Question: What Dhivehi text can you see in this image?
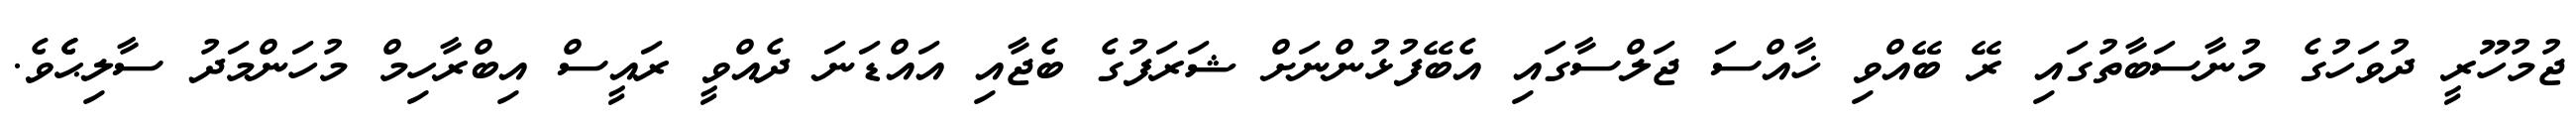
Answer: ޖުމުހޫރީ ދުވަހުގެ މުނާސަބާތުގައި ރޭ ބޭއްވި ޚާއްސަ ޖަލްސާގައި އެބޭފުޅުންނަށް ޝަރަފުގެ ބެޖާއި އައްޑަނަ ދެއްވީ ރައީސް އިބްރާހިމް މުހަންމަދު ސާލިޙެެވެ.